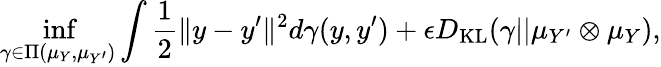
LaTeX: \operatorname*{inf}_{\gamma\in\Pi(\mu_{Y},\mu_{Y^{\prime}})}\int\frac{1}{2}\| y-y^{\prime}\| ^{2}d\gamma(y,y^{\prime})+\epsilon D_{\textrm{KL}}(\gamma||\mu_{Y^{\prime}}\otimes\mu_{Y}),